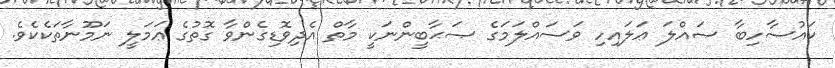
ކައުސާހިބާ ޞައްލަ ޢަލައިހި ވަސައްލަމަގެ ޞަޙާބީންނަކީ މާތް އެދިވޮޑިގެންވާ ގޮތުގެ ޢަމަލީ ނަމޫނާތަކެކެވެ.